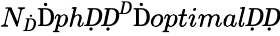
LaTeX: N_{Ḋ}\mathrm{Ḋ}phḌḌ^{Ḋ}\mathrm{Ḋ}optimalḌḌ